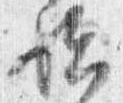
始